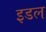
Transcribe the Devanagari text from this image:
इडल